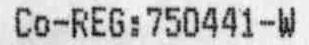
CO-REG:750441-W